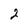
Character: 2